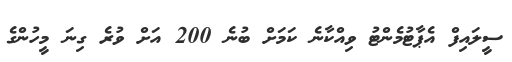
ސީލައިފް އެޕާޓުމެންޓު ވިއްކާނެ ކަމަށް ބުނެ 200 އަށް ވުރެ ގިނަ މީހުންގެ